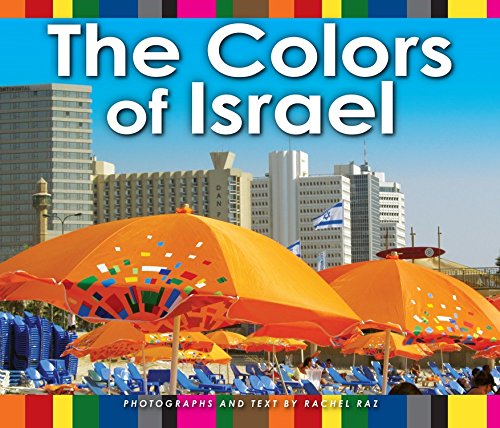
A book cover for The Colors of Israel; Rachel Raz; Children's Books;